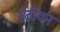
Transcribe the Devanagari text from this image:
स्‍टीवन